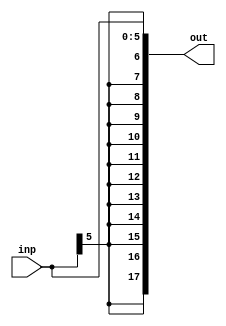
module signExtender6To18bits(inp, out);
parameter inputSize = 6;
parameter outputSize = 18;
input wire [(inputSize-1):0] inp;
output wire [(outputSize-1):0] out;

assign out = {{outputSize-inputSize{inp[inputSize-1]}}, inp};
endmodule

module tb_signExtender6To18bits;
reg [5:0] inp;
wire [17:0] out;

signExtender6To18bits dut(.inp(inp), .out(out));

initial begin
inp = 6'b000000;
#5
$display("The sign extended version of %b is %b", inp, out);

inp = 6'b100000;
#5
$display("The sign extended version of %b is %b", inp, out);

$finish;
end
endmodule